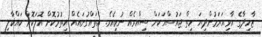
ޒާހިދާގެ އާވިއަރަމުންދިޔަ ހިތް ޖައުސްއަކަށް ސިއްރެއް ނުވިއެވެ. އެތައްގުނައެއް އިތުރުކޮށް އޮލަކޮށް ކައްކާލި